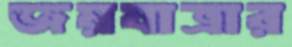
জয়যাত্রার